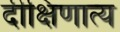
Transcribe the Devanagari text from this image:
दीक्षिणात्य